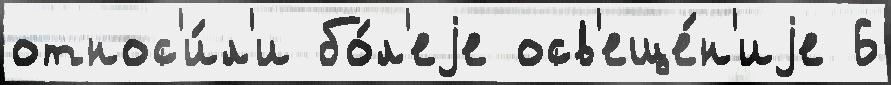
относ'и́л'и бо́л'еjе осв'еще́н'иjе 6